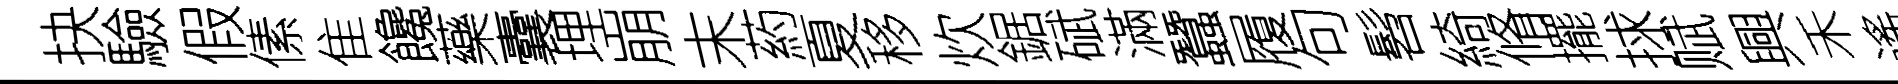
抉驗假傃隹饞藥囊埋崩末葯夏移炊鋸碔滿蠶履句髫綺脩擺捄赋興禾遙